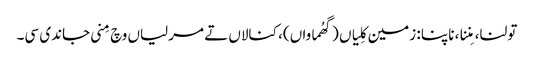
تولنا، مِننا، ناپنا : زمین کِلیاں (گھُماواں)، کنالاں تے مرلیاں وچ مِنی جاندی سی۔